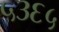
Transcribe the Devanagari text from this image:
५३६५